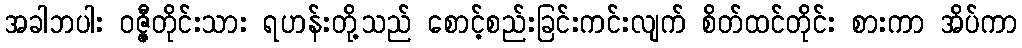
အခါဘပါး ဝဇ္ဇီတိုင်းသား ရဟန်းတို့သည် စောင့်စည်းခြင်းကင်းလျက် စိတ်ထင်တိုင်း စားကာ အိပ်ကာ